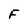
Character: F